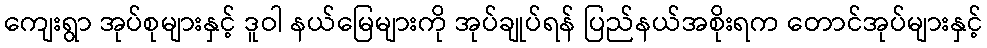
ကျေးရွာ အုပ်စုများနှင့် ဒူဝါ နယ်မြေများကို အုပ်ချုပ်ရန် ပြည်နယ်အစိုးရက တောင်အုပ်များနှင့်